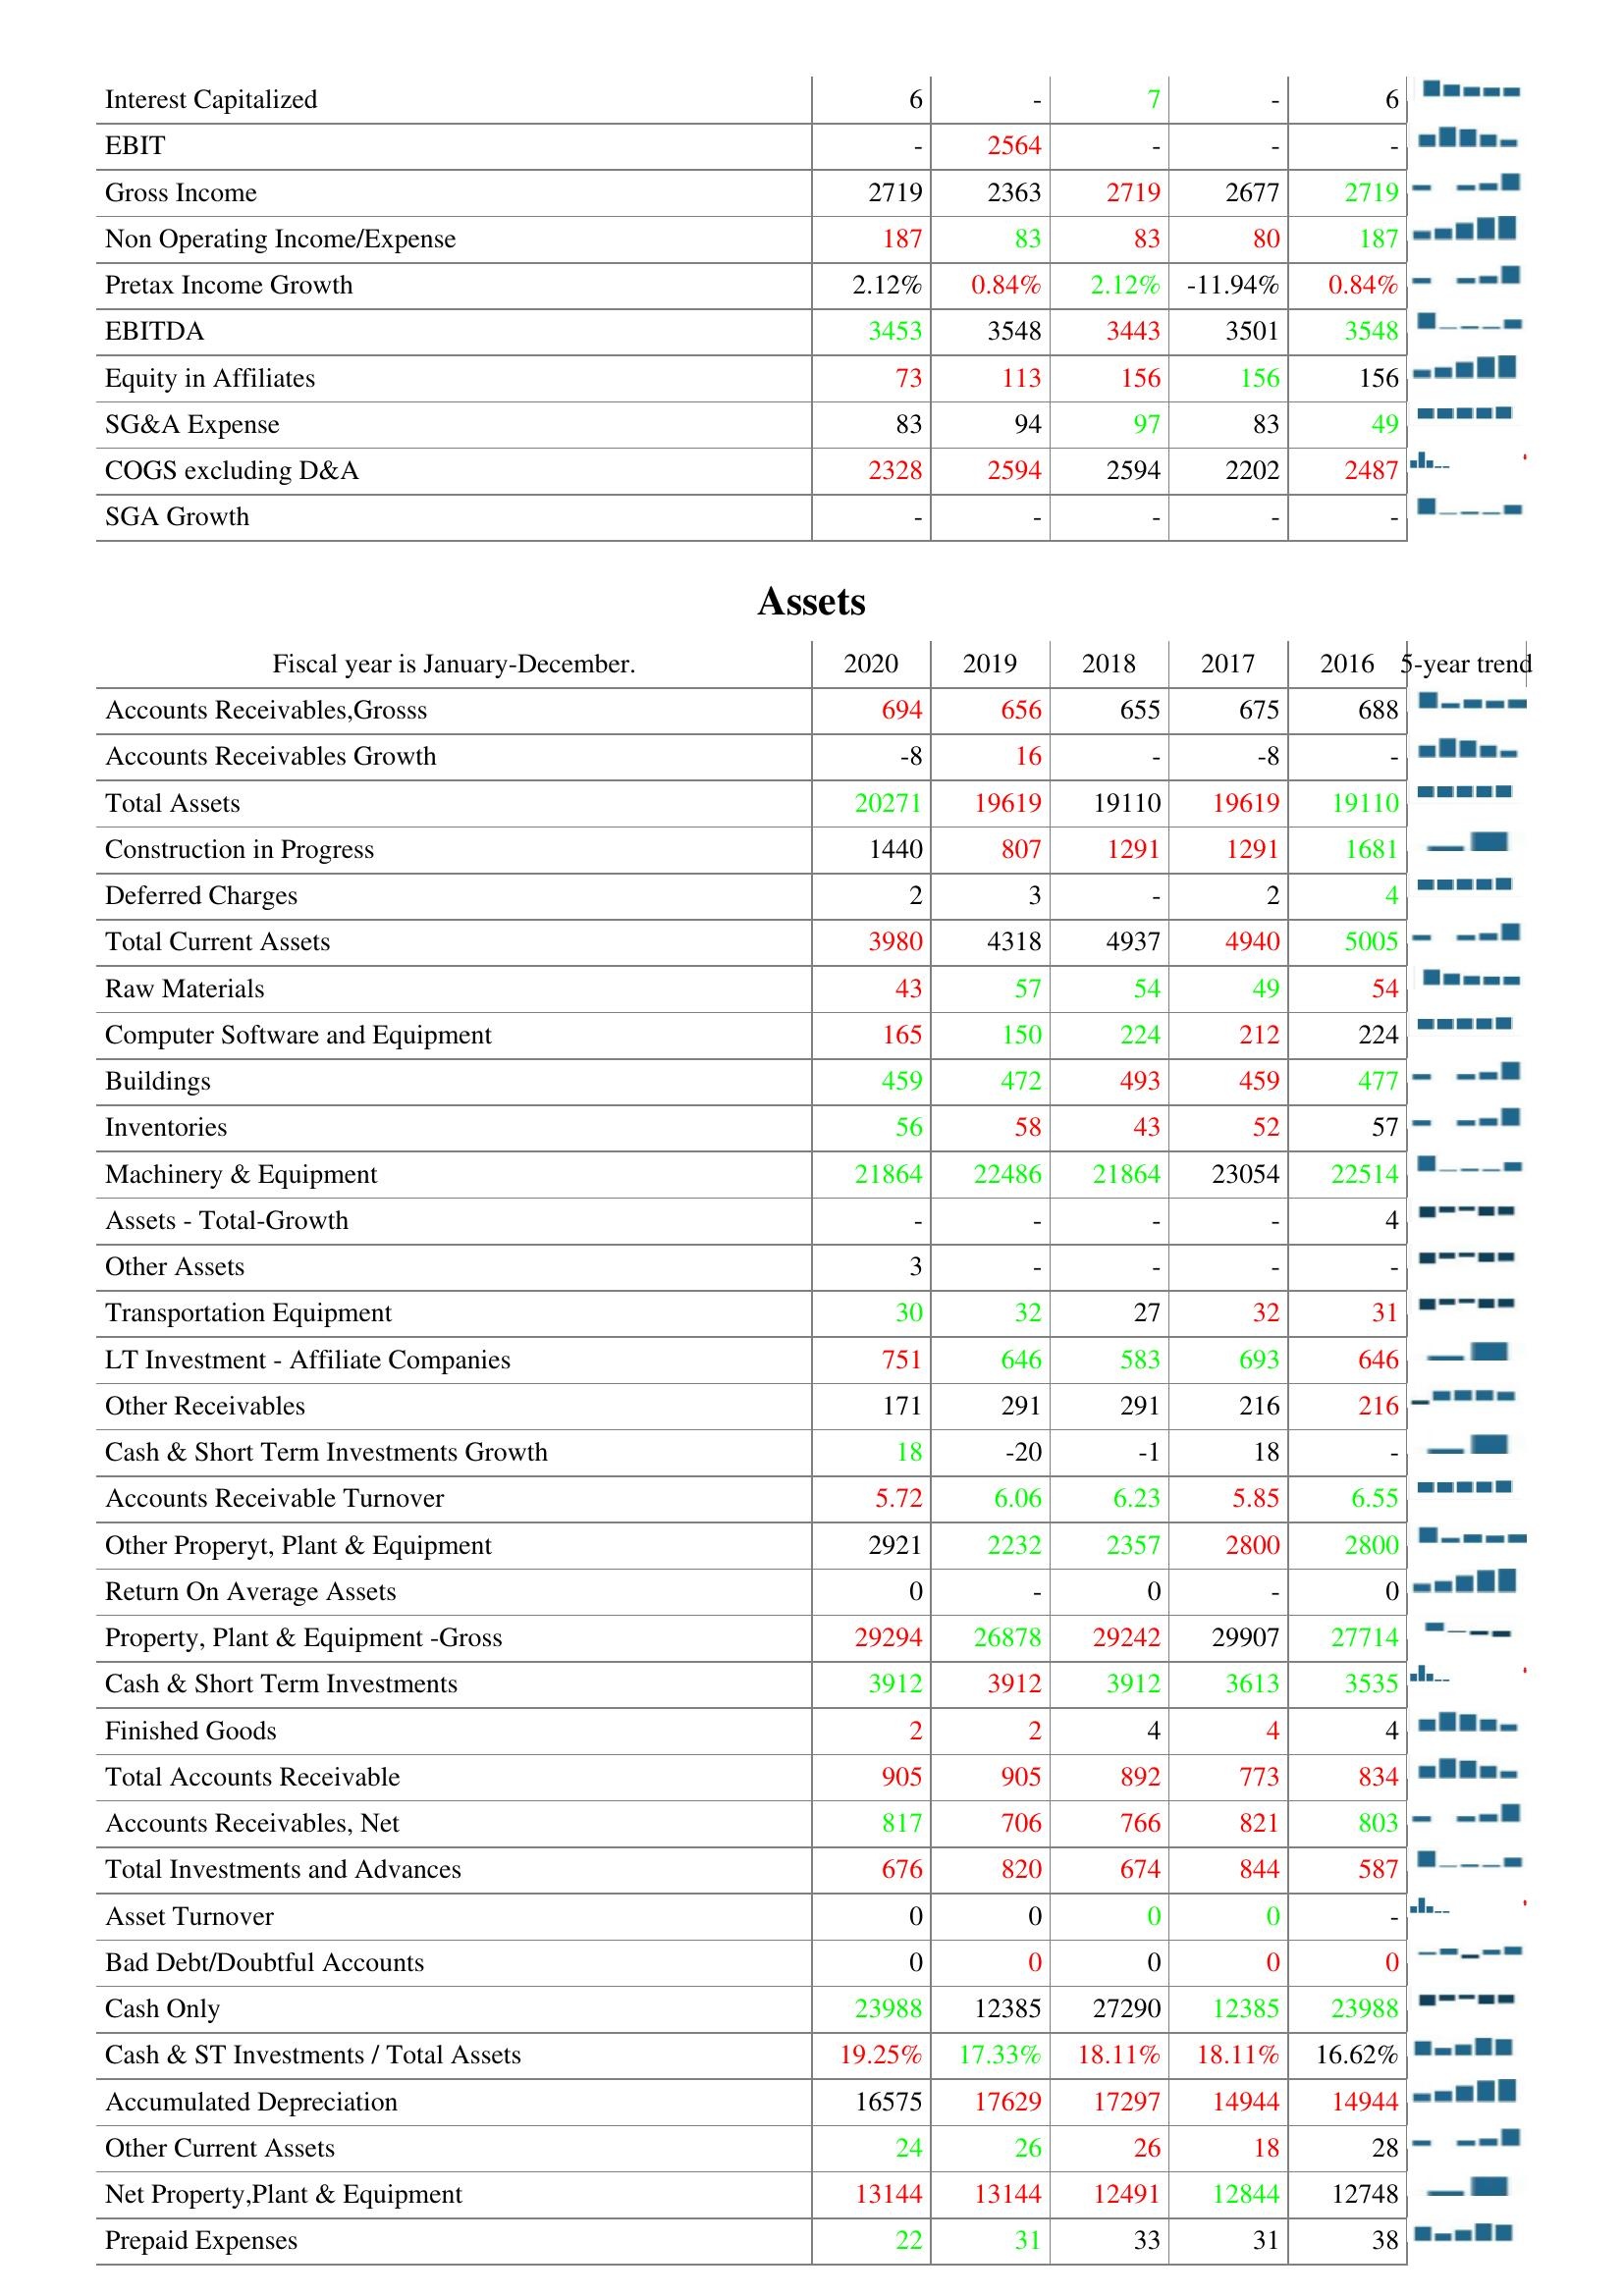
2020: : Interest Capitalized: 6
EBIT: -
Gross Income: 2719
Non Operating Income/Expense: 187
Pretax Income Growth: 2.12%
EBITDA: 3453
Equity in Affiliates: 73
SG&A Expense: 83
COGS excluding D&A: 2328
SGA Growth: -
Assets: Accounts Receivables,Grosss: 694
Accounts Receivables Growth: -8
Total Assets: 20271
Construction in Progress: 1440
Deferred Charges: 2
Total Current Assets: 3980
Raw Materials: 43
Computer Software and Equipment: 165
Buildings: 459
Inventories: 56
Machinery & Equipment: 21864
Assets - Total-Growth: -
Other Assets: 3
Transportation Equipment: 30
LT Investment - Affiliate Companies: 751
Other Receivables: 171
Cash & Short Term Investments Growth: 18
Accounts Receivable Turnover: 5.72
Other Properyt, Plant & Equipment: 2921
Return On Average Assets: 0
Property, Plant & Equipment -Gross: 29294
Cash & Short Term Investments: 3912
Finished Goods: 2
Total Accounts Receivable: 905
Accounts Receivables, Net: 817
Total Investments and Advances: 676
Asset Turnover: 0
Bad Debt/Doubtful Accounts: 0
Cash Only: 23988
Cash & ST Investments / Total Assets: 19.25%
Accumulated Depreciation: 16575
Other Current Assets: 24
Net Property,Plant & Equipment: 13144
Prepaid Expenses: 22
2019: : Interest Capitalized: -
EBIT: 2564
Gross Income: 2363
Non Operating Income/Expense: 83
Pretax Income Growth: 0.84%
EBITDA: 3548
Equity in Affiliates: 113
SG&A Expense: 94
COGS excluding D&A: 2594
SGA Growth: -
Assets: Accounts Receivables,Grosss: 656
Accounts Receivables Growth: 16
Total Assets: 19619
Construction in Progress: 807
Deferred Charges: 3
Total Current Assets: 4318
Raw Materials: 57
Computer Software and Equipment: 150
Buildings: 472
Inventories: 58
Machinery & Equipment: 22486
Assets - Total-Growth: -
Other Assets: -
Transportation Equipment: 32
LT Investment - Affiliate Companies: 646
Other Receivables: 291
Cash & Short Term Investments Growth: -20
Accounts Receivable Turnover: 6.06
Other Properyt, Plant & Equipment: 2232
Return On Average Assets: -
Property, Plant & Equipment -Gross: 26878
Cash & Short Term Investments: 3912
Finished Goods: 2
Total Accounts Receivable: 905
Accounts Receivables, Net: 706
Total Investments and Advances: 820
Asset Turnover: 0
Bad Debt/Doubtful Accounts: 0
Cash Only: 12385
Cash & ST Investments / Total Assets: 17.33%
Accumulated Depreciation: 17629
Other Current Assets: 26
Net Property,Plant & Equipment: 13144
Prepaid Expenses: 31
2018: : Interest Capitalized: 7
EBIT: -
Gross Income: 2719
Non Operating Income/Expense: 83
Pretax Income Growth: 2.12%
EBITDA: 3443
Equity in Affiliates: 156
SG&A Expense: 97
COGS excluding D&A: 2594
SGA Growth: -
Assets: Accounts Receivables,Grosss: 655
Accounts Receivables Growth: -
Total Assets: 19110
Construction in Progress: 1291
Deferred Charges: -
Total Current Assets: 4937
Raw Materials: 54
Computer Software and Equipment: 224
Buildings: 493
Inventories: 43
Machinery & Equipment: 21864
Assets - Total-Growth: -
Other Assets: -
Transportation Equipment: 27
LT Investment - Affiliate Companies: 583
Other Receivables: 291
Cash & Short Term Investments Growth: -1
Accounts Receivable Turnover: 6.23
Other Properyt, Plant & Equipment: 2357
Return On Average Assets: 0
Property, Plant & Equipment -Gross: 29242
Cash & Short Term Investments: 3912
Finished Goods: 4
Total Accounts Receivable: 892
Accounts Receivables, Net: 766
Total Investments and Advances: 674
Asset Turnover: 0
Bad Debt/Doubtful Accounts: 0
Cash Only: 27290
Cash & ST Investments / Total Assets: 18.11%
Accumulated Depreciation: 17297
Other Current Assets: 26
Net Property,Plant & Equipment: 12491
Prepaid Expenses: 33
2017: : Interest Capitalized: -
EBIT: -
Gross Income: 2677
Non Operating Income/Expense: 80
Pretax Income Growth: -11.94%
EBITDA: 3501
Equity in Affiliates: 156
SG&A Expense: 83
COGS excluding D&A: 2202
SGA Growth: -
Assets: Accounts Receivables,Grosss: 675
Accounts Receivables Growth: -8
Total Assets: 19619
Construction in Progress: 1291
Deferred Charges: 2
Total Current Assets: 4940
Raw Materials: 49
Computer Software and Equipment: 212
Buildings: 459
Inventories: 52
Machinery & Equipment: 23054
Assets - Total-Growth: -
Other Assets: -
Transportation Equipment: 32
LT Investment - Affiliate Companies: 693
Other Receivables: 216
Cash & Short Term Investments Growth: 18
Accounts Receivable Turnover: 5.85
Other Properyt, Plant & Equipment: 2800
Return On Average Assets: -
Property, Plant & Equipment -Gross: 29907
Cash & Short Term Investments: 3613
Finished Goods: 4
Total Accounts Receivable: 773
Accounts Receivables, Net: 821
Total Investments and Advances: 844
Asset Turnover: 0
Bad Debt/Doubtful Accounts: 0
Cash Only: 12385
Cash & ST Investments / Total Assets: 18.11%
Accumulated Depreciation: 14944
Other Current Assets: 18
Net Property,Plant & Equipment: 12844
Prepaid Expenses: 31
2016: : Interest Capitalized: 6
EBIT: -
Gross Income: 2719
Non Operating Income/Expense: 187
Pretax Income Growth: 0.84%
EBITDA: 3548
Equity in Affiliates: 156
SG&A Expense: 49
COGS excluding D&A: 2487
SGA Growth: -
Assets: Accounts Receivables,Grosss: 688
Accounts Receivables Growth: -
Total Assets: 19110
Construction in Progress: 1681
Deferred Charges: 4
Total Current Assets: 5005
Raw Materials: 54
Computer Software and Equipment: 224
Buildings: 477
Inventories: 57
Machinery & Equipment: 22514
Assets - Total-Growth: 4
Other Assets: -
Transportation Equipment: 31
LT Investment - Affiliate Companies: 646
Other Receivables: 216
Cash & Short Term Investments Growth: -
Accounts Receivable Turnover: 6.55
Other Properyt, Plant & Equipment: 2800
Return On Average Assets: 0
Property, Plant & Equipment -Gross: 27714
Cash & Short Term Investments: 3535
Finished Goods: 4
Total Accounts Receivable: 834
Accounts Receivables, Net: 803
Total Investments and Advances: 587
Asset Turnover: -
Bad Debt/Doubtful Accounts: 0
Cash Only: 23988
Cash & ST Investments / Total Assets: 16.62%
Accumulated Depreciation: 14944
Other Current Assets: 28
Net Property,Plant & Equipment: 12748
Prepaid Expenses: 38